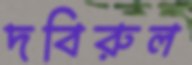
দবিরুল